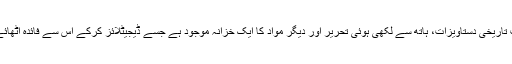
پاکستان میں نادر اور نایاب تاریخی دستاویزات، ہاتھ سے لکھی ہوئی تحریر اور دیگر مواد کا ایک خزانہ موجود ہے جسے ڈیجیٹلائز کرکے اس سے فائدہ اٹھائے جانے کی ضرورت ہے۔